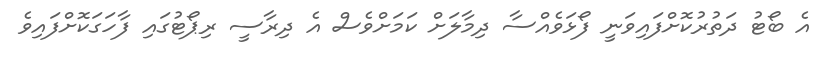
އެ ބޯޓު ދަތުރުކޮށްފައިވަނީ ފޯޅަވެއްސާ ދިމާލަށް ކަމަށްވެސް އެ ދިރާސީ ރިޕޯޓުގައި ފާހަގަކޮށްފައިވެ